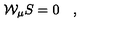
{ \cal W } _ { \mu } S = 0 \quad ,